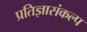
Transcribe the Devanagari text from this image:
प्रतिज्ञासंकल्प